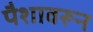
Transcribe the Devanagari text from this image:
पैशावरून